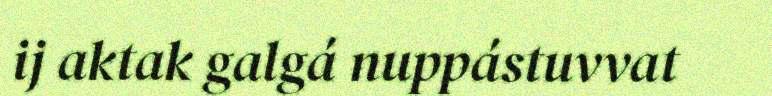
ij aktak galgá nuppástuvvat